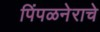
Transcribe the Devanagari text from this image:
पिंपळनेराचे